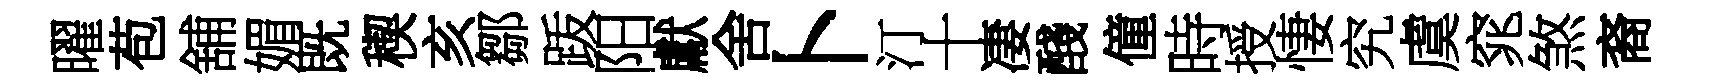
曜苞舖媚既稧亥鄒䟦阳獻舍卜汀十凄醆僮時授悽究虞窕煞裔